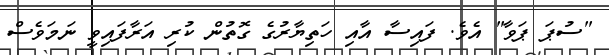
"ސުޕަ ޕަވާ" އެވެ. ފައިސާ އާއި ހަތިޔާރުގެ ގޮތުން ކުރި އަރާފައިވީ ނަމަވެސް